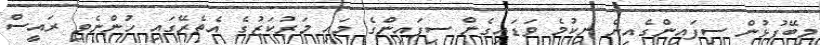
މިބޭފުޅުން ސިފައިންގެއިން ނިކުމެ ވަޑައިގެން ސިފައިންގެ މައި މަރުކަޒުގެ އެތެރޭގައި ހުންނެވި ރައީސް